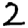
Digit: 2